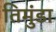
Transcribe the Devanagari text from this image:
तिमुंडा